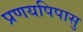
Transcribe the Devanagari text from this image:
प्रणयपिपासु